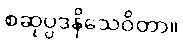
စဆုပ္ပဒနိသေဝိတာ။